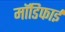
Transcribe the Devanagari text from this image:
मॉडिफाई